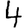
Digit: 4